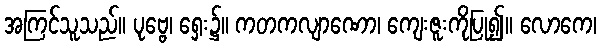
အကြင်သူသည်။ ပုဗ္ဗေ၊ ရှေး၌။ ကတကလျာဏော၊ ကျေးဇူးကိုပြု၍။ လောကေ၊